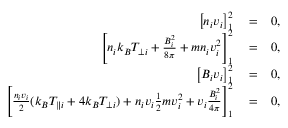
\begin{array} { r l r } { \left[ n _ { i } v _ { i } \right] _ { 1 } ^ { 2 } } & { { } = } & { 0 , } \\ { \left[ n _ { i } k _ { B } T _ { \perp i } + \frac { B _ { i } ^ { 2 } } { 8 \pi } + m n _ { i } v _ { i } ^ { 2 } \right] _ { 1 } ^ { 2 } } & { { } = } & { 0 , } \\ { \left[ B _ { i } v _ { i } \right] _ { 1 } ^ { 2 } } & { { } = } & { 0 , } \\ { \left[ \frac { n _ { i } v _ { i } } { 2 } ( k _ { B } T _ { \parallel i } + 4 k _ { B } T _ { \perp i } ) + n _ { i } v _ { i } \frac { 1 } { 2 } m v _ { i } ^ { 2 } + v _ { i } \frac { B _ { i } ^ { 2 } } { 4 \pi } \right] _ { 1 } ^ { 2 } } & { { } = } & { 0 , } \end{array}